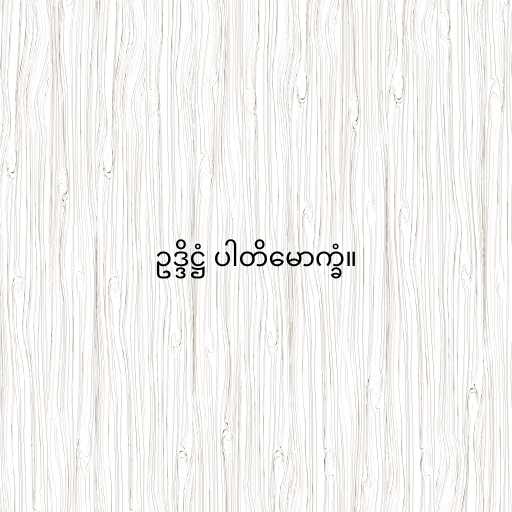
ဥဒ္ဒိဋ္ဌံ ပါတိမောက္ခံ။